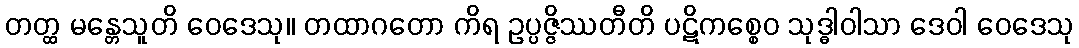
တတ္ထ မန္တေသူတိ ဝေဒေသု။ တထာဂတော ကိရ ဥပ္ပဇ္ဇိဿတီတိ ပဋိကစ္စေဝ သုဒ္ဓါဝါသာ ဒေဝါ ဝေဒေသု